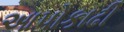
આપોકાઢી